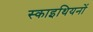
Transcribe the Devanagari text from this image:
स्काइथियनों